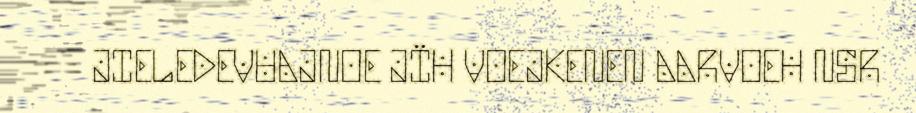
JIELEDEVUAJNOE JÏH VOEJKENEN AARVOEH NSR